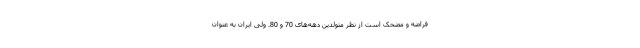
قراضه و مضحک است از نظر متولدین دهه‌های 70 و 80. ولی ایران به عنوان